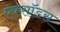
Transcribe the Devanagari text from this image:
एक्सॉडस